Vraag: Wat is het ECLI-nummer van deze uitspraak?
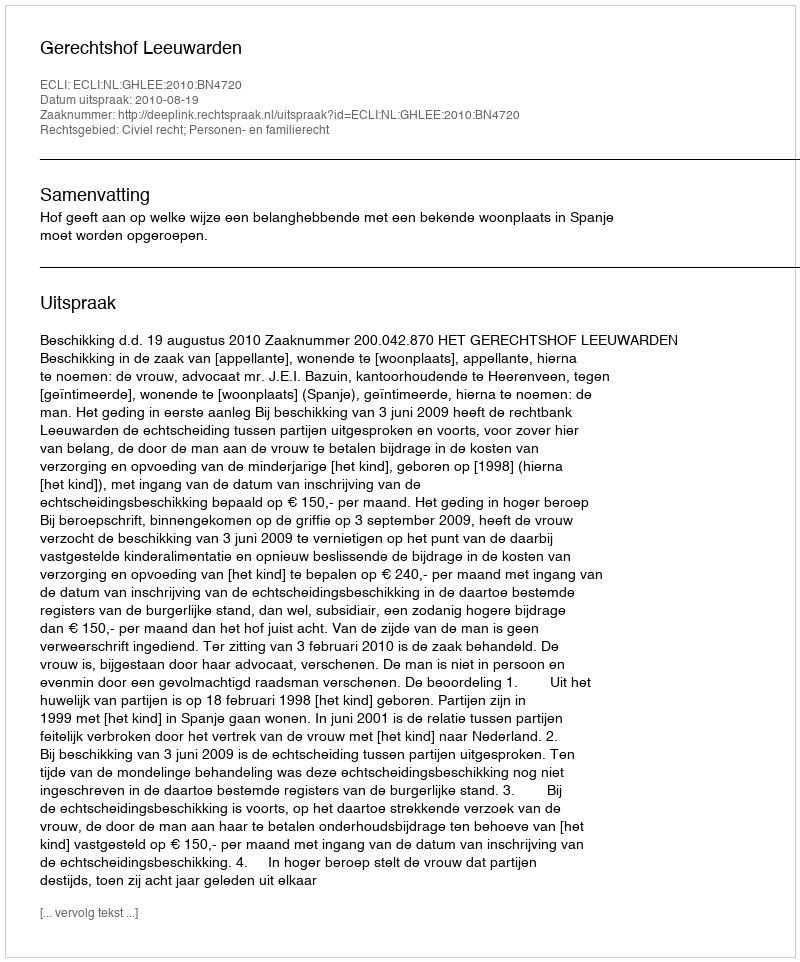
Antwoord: ECLI:NL:GHLEE:2010:BN4720